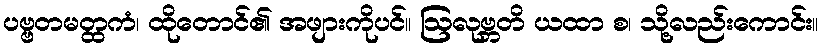
ပဗ္ဗတမတ္ထကံ၊ ထိုတောင်၏ အဖျားကိုပင်။ ဩလုဗ္ဘတိ ယထာ စ၊ သို့လည်းကောင်း။